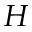
H